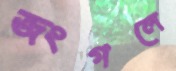
জংগলে